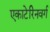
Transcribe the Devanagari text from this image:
एकाटेरिनवर्ग